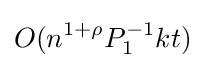
O(n^{1+\rho }P_{1}^{-1}kt)